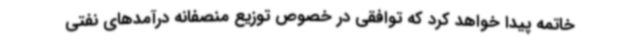
خاتمه پیدا خواهد کرد که توافقی در خصوص توزیع منصفانه درآمدهای نفتی